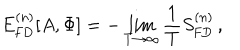
E _ { \mathrm { F D } } ^ { ( n ) } [ A , \Phi ] = - \lim _ { T \rightarrow \infty } \frac { 1 } { T } S _ { \mathrm { F D } } ^ { ( n ) } \, ,